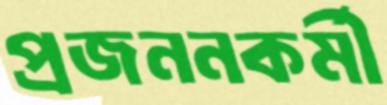
প্রজননকর্মী